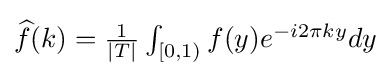
{\textstyle {\widehat {f}}(k)={\frac {1}{|T|}}\int _{[0,1)}f(y)e^{-i2\pi ky}dy}